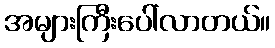
အများကြီးပေါ်လာတယ်။